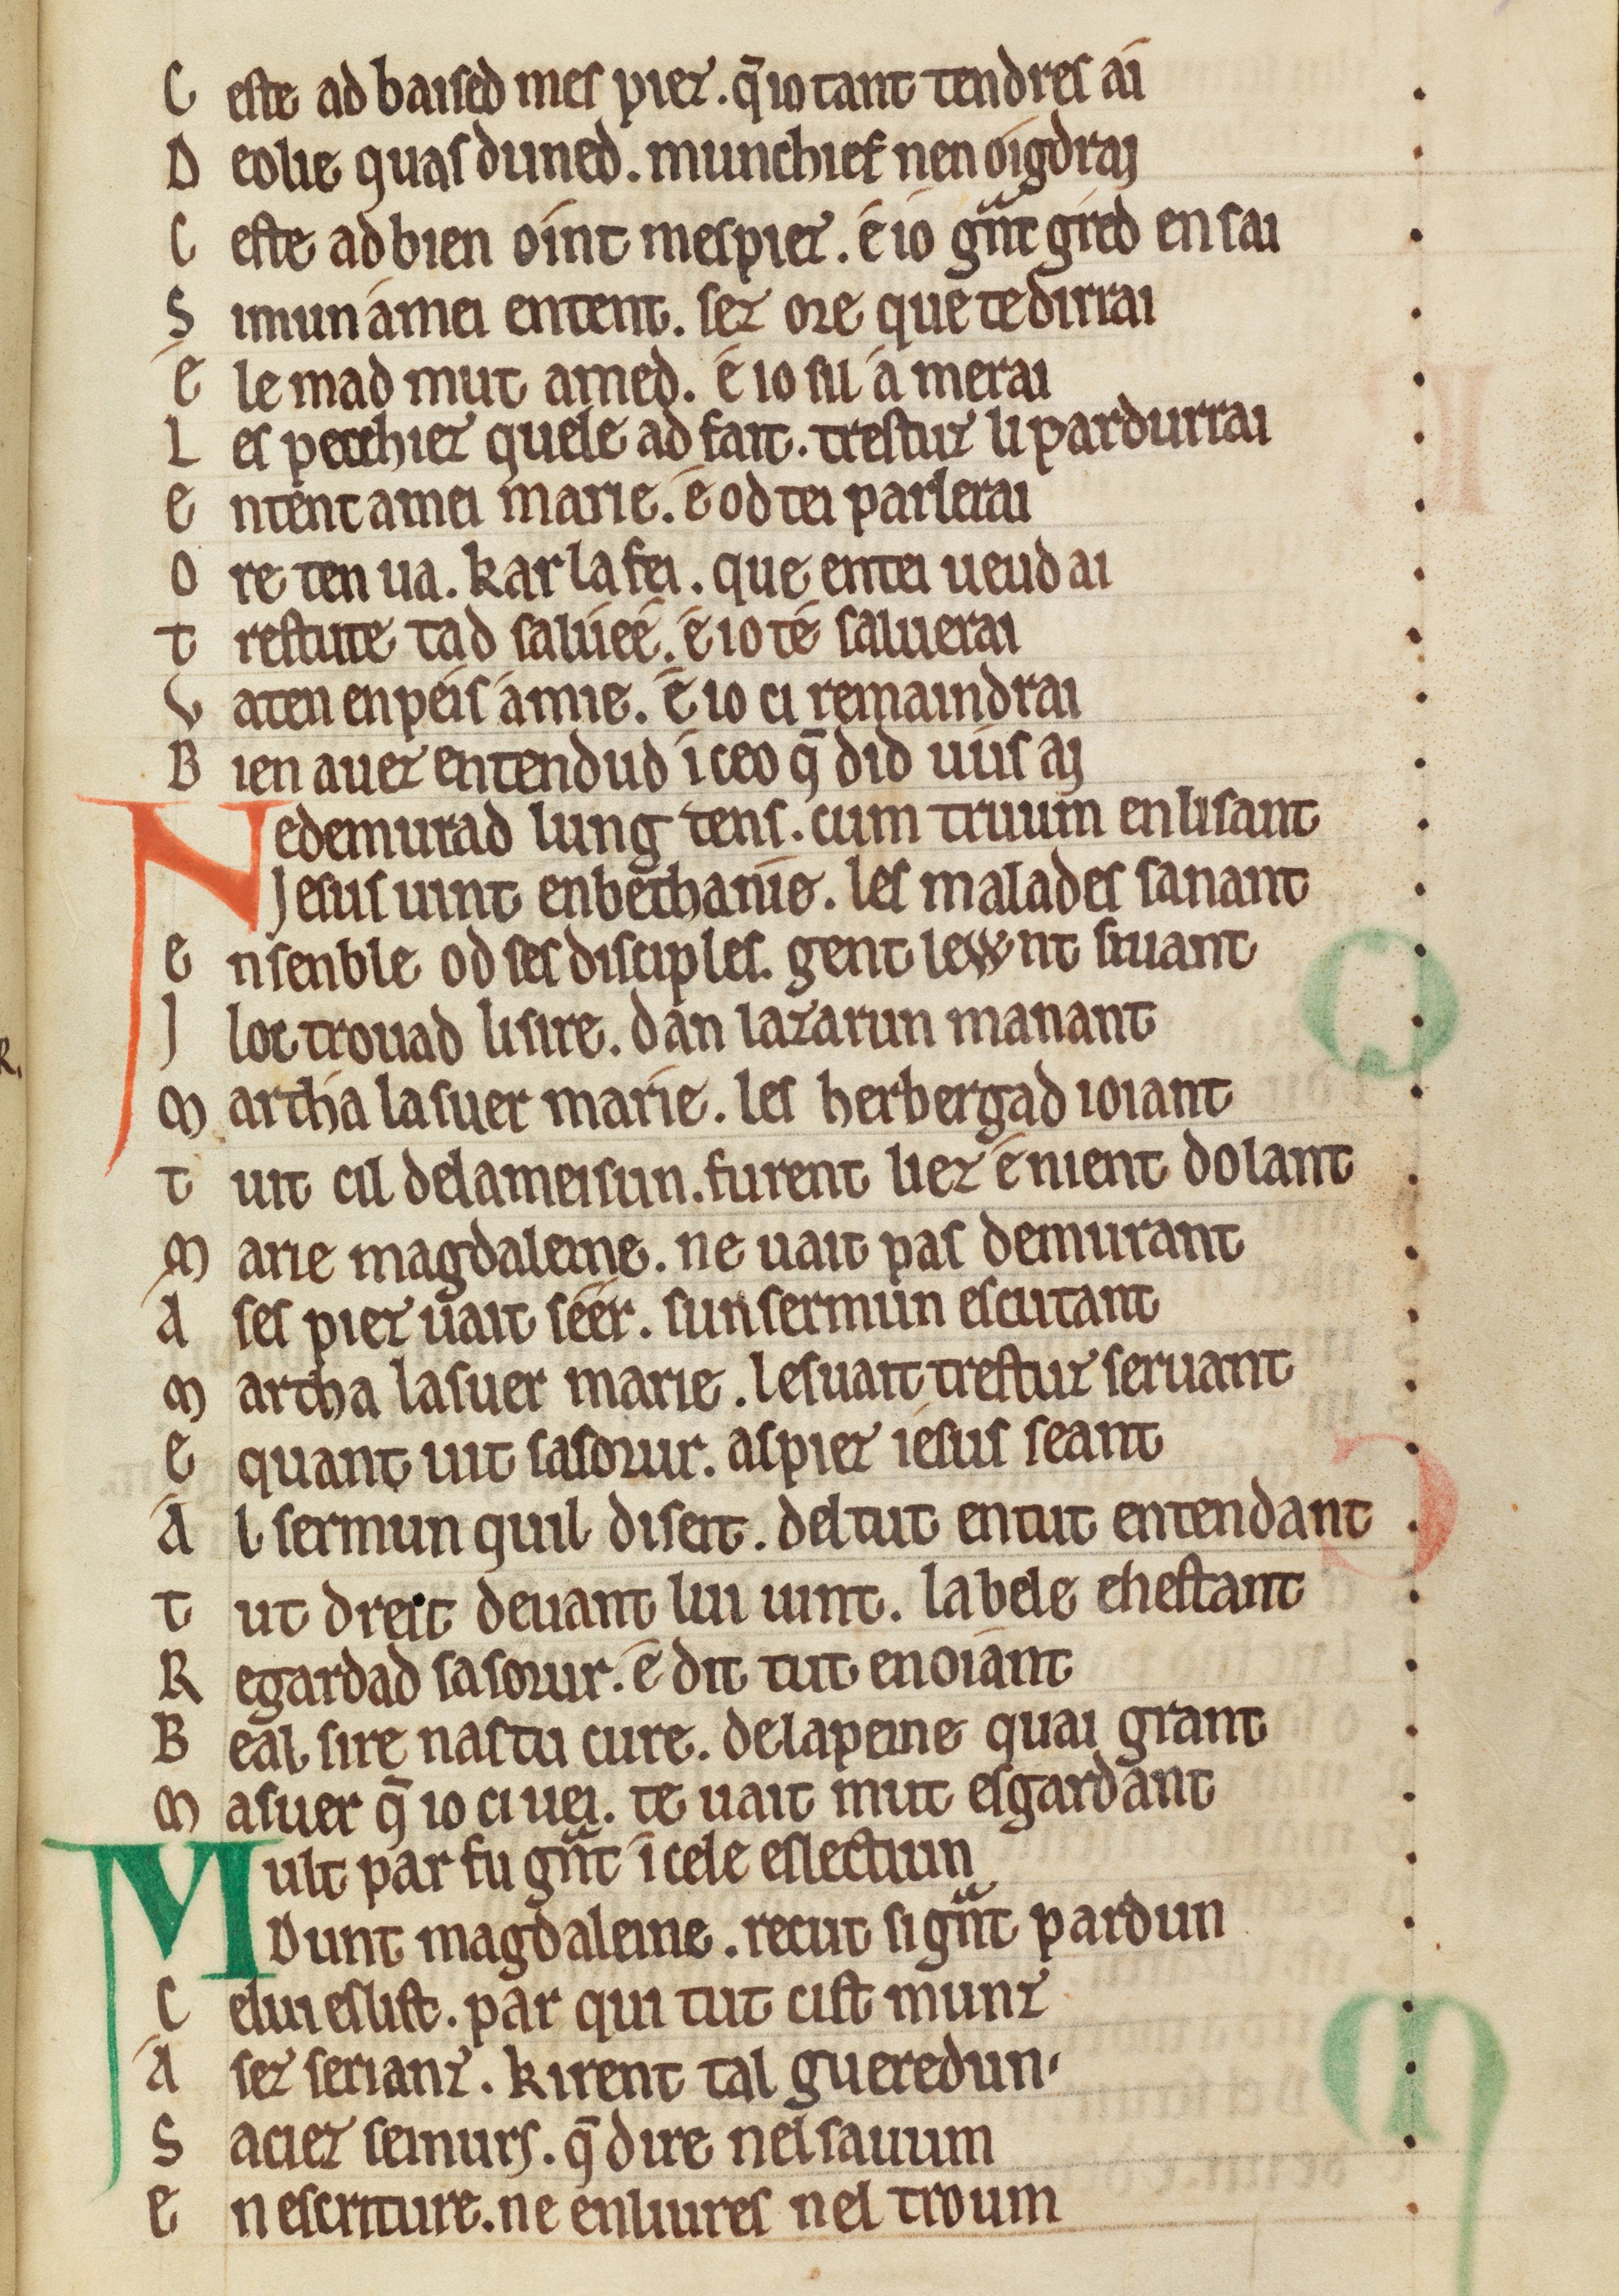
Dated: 1175–1199